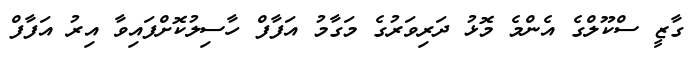
ގާޒީ ސްކޫލްގެ އެންމެ މޮޅު ދަރިވަރުގެ މަގާމު އަފާފް ހާސިލުކޮށްފައިވާ އިރު އަފާފް